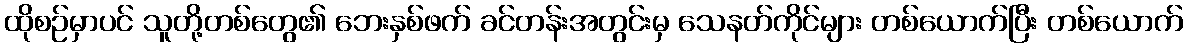
ထိုစဉ်မှာပင် သူတို့တစ်တွေ၏ ဘေးနှစ်ဖက် ခင်တန်းအတွင်းမှ သေနတ်ကိုင်များ တစ်ယောက်ပြီး တစ်ယောက်